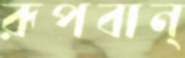
রূপবান্‌